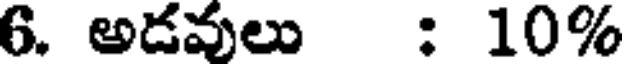
6. అడవులు : 10%